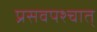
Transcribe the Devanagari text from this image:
प्रसवपश्चात्